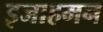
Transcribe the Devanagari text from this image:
इजाहमन